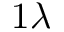
1 \lambda